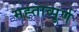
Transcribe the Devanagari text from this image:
मह्ताव्पूर्ण